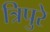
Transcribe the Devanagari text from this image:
त्रिपुरे